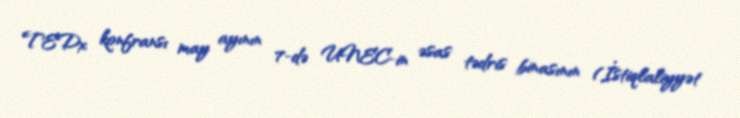
TEDx konfransı may ayının 7-də UNEC-in əsas tədris binasının (İstiqlaliyyət